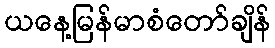
ယနေ့မြန်မာစံတော်ချိန်